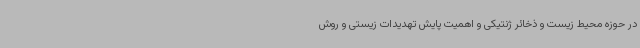
در حوزه محیط زیست و ذخائر ژنتیکی و اهمیت پایش تهدیدات زیستی و روش